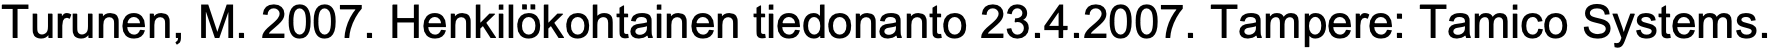
Turunen, M. 2007. Henkilökohtainen tiedonanto 23.4.2007. Tampere: Tamico Systems.